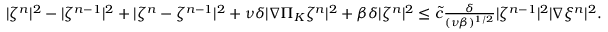
\begin{array} { r } { | \zeta ^ { n } | ^ { 2 } - | \zeta ^ { n - 1 } | ^ { 2 } + | \zeta ^ { n } - \zeta ^ { n - 1 } | ^ { 2 } + \nu \delta | \nabla \Pi _ { K } \zeta ^ { n } | ^ { 2 } + \beta \delta | \zeta ^ { n } | ^ { 2 } \leq \tilde { c } \frac { \delta } { ( \nu \beta ) ^ { 1 / 2 } } | \zeta ^ { n - 1 } | ^ { 2 } | \nabla \xi ^ { n } | ^ { 2 } . } \end{array}